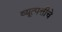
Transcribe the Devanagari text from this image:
व्यूत्पत्तीचे